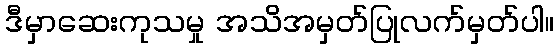
ဒီမှာဆေးကုသမှု အသိအမှတ်ပြုလက်မှတ်ပါ။